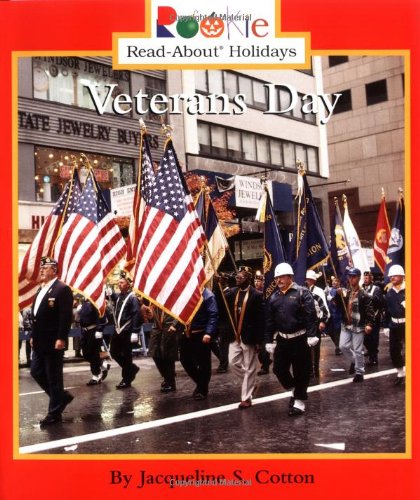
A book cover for Veterans Day (Rookie Read-About Holidays); Jacqueline S. Cotton; Children's Books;